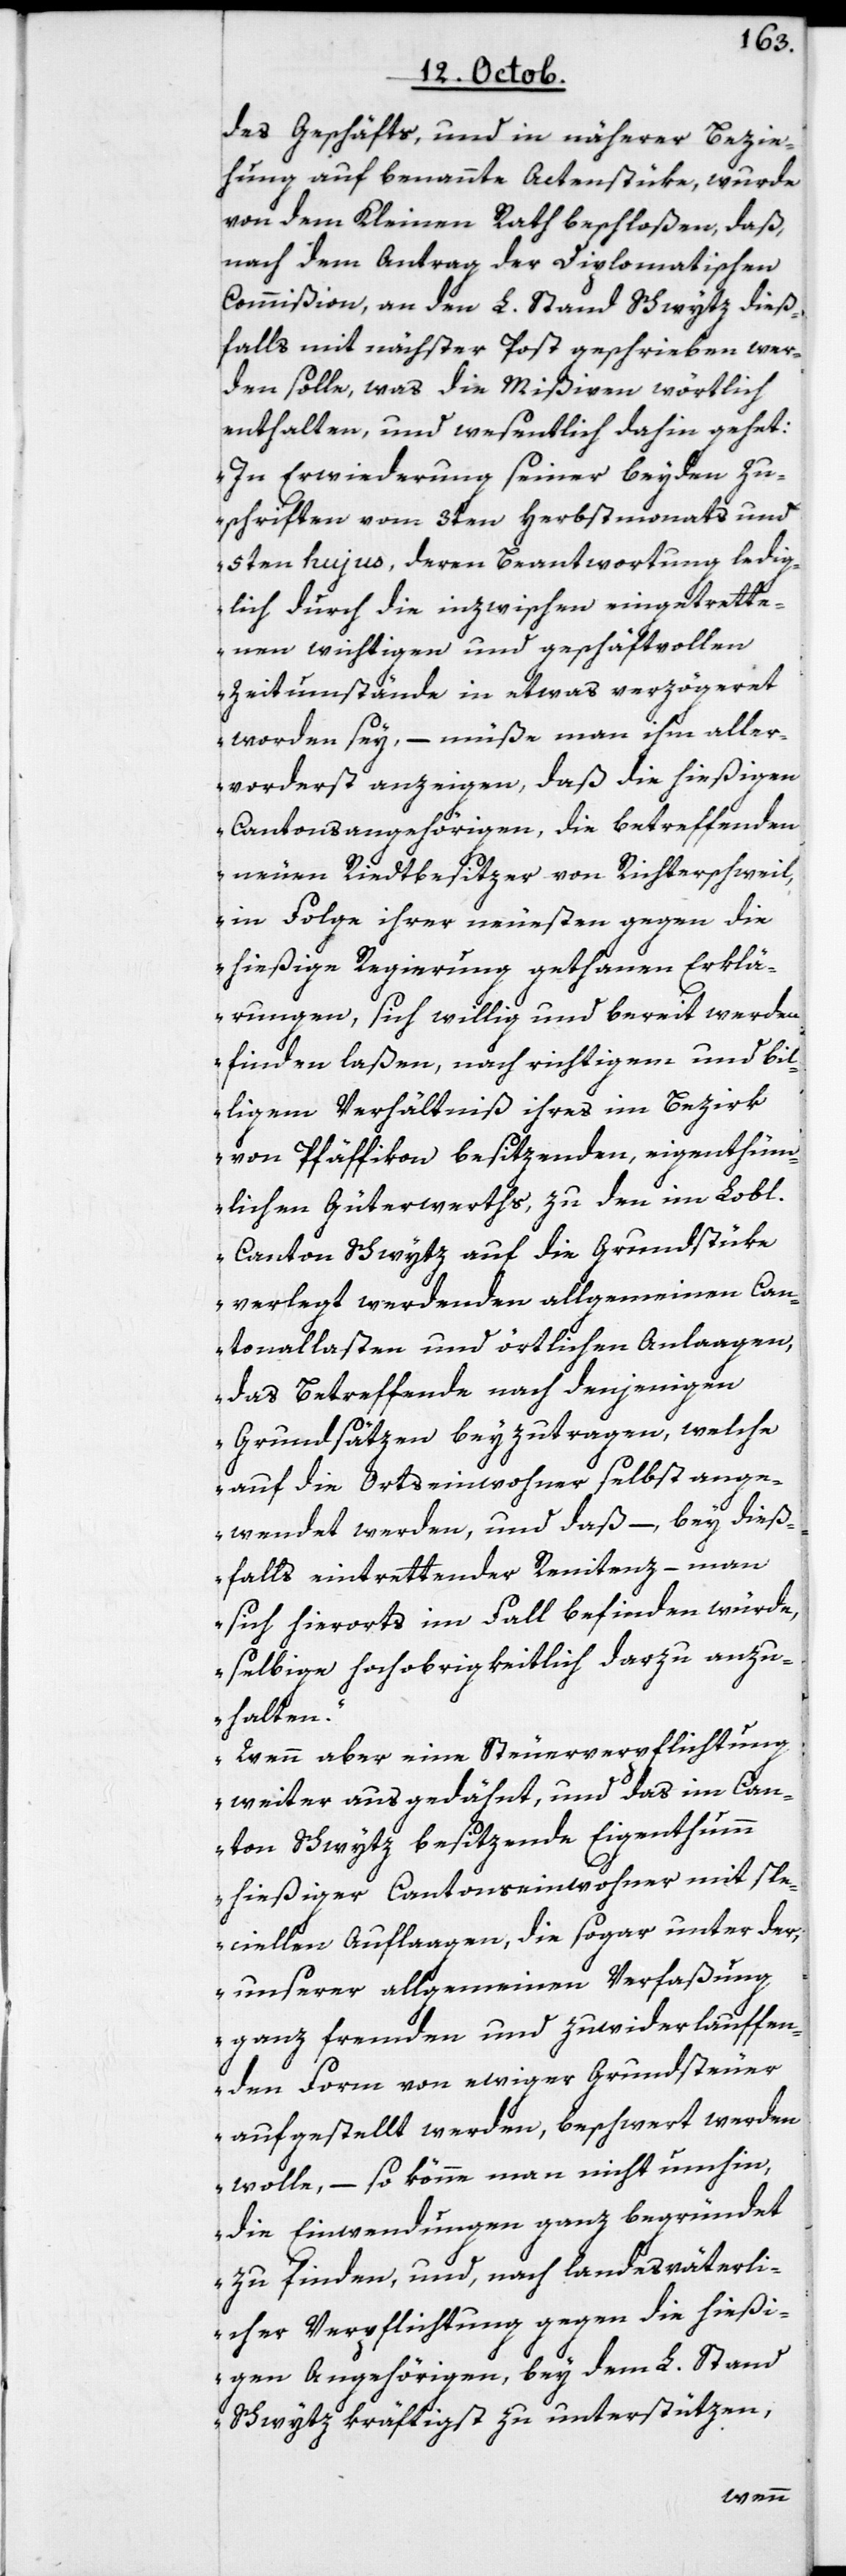
des Geschäfts, und in näherer Bezie¬
hung auf benannte Actenstüke, wurde
von dem Kleinen Rath beschloßen, daß
nach dem Antrag der Diplomatischen
Commißion, an den L. Stand Schwytz dieß¬
falls mit nächster Post geschrieben wer¬
den solle, was die Mißiven wörtlich
enthalten, und wesentlich dahin gehet:
„In Erwiderung seiner beyden Zu¬
schriften vom 3ten Herbstmonats und
5ten hujus, deren Beantwortung ledig¬
lich durch die inzwischen eingetrette¬
nen wichtigen und geschäftsvollen
Zeitumstände in etwas verzögeret
worden sey, – müße man ihm aller¬
vorderst anzeigen, daß die hießigen
Cantonsangehörigen die betreffenden
neuen Riedtbesitzer von Richterschweil,
in Folge ihrer neuesten gegen die
hießige Regierung gethanen Erklä¬
rungen, sich willig und bereit werden
finden laßen, nach richtigem und bil¬
ligem Verhältniß ihres im Bezirk
von Pfäffikon besitzenden eigenthüm¬
lichen Güterwerths, zu den im Lobl.
Canton Schwytz auf die Grundstüke
verlegt werdenden allgemeinen Can¬
tonallasten und örtlichen Anlaagen,
das Betreffende nach denjenigen
Grundsätzen beyzutragen, welche
auf die Ortseinwohner selbst ange¬
wendet werden, und daß – bey dieß¬
falls eintrettender Renitenz, – man
sich hierorts im Fall befinden würde,
selbige hochobrigkeitlich darzu anzu¬
halten.“
Wenn aber eine Steuerverpflichtung
weiter ausgedähnt, und das im Can¬
ton Schwytz besitzende Eigenthumm
hießiger Cantonseinwohner mit spe¬
ciellen Auflaagen, die sogar unter der,
unserer allgemeinen Verfaßung
ganz fremden und zuwiderlauffen¬
den Form von ewiger Grundsteuer
aufgestellt werden, beschwert werden
wolle, – so könne man nicht umhin,
die Einwendungen ganz begründet
zu finden, und nach landesväterli¬
cher Verpflichtung gegen die hießi¬
gen Angehörigen, bey dem L. Stand
Schwytz kräftigst zu unterstützen,